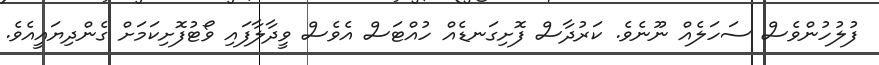
ފުލުހުންވެސް ސަހަލެއް ނޫނެވެ. ކަރުދާސް ފޮށިގަނޑެއް ހުއްޓަސް އެވެސް ވީދާލާފައި ވޯޓުފޮށިކަމަށް ގެންދިޔައީއެވެ.